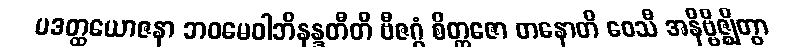
ပဒတ္ထယောဇနာ ဘဝမေဝါဘိနန္ဒတီတိ ဗီဇဂ္ဂံ စိတ္တဇော တနောတိ ဝေသီ အနိဗ္ဗိဇ္ဈိတွာ